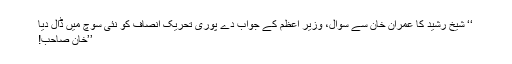
‘‘ شیخ رشید کا عمران خان سے سوال، وزیر اعظم کے جواب دے پوری تحریک انصاف کو نئی سوچ میں ڈال دیا
’’خان صاحب!